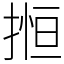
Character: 搄